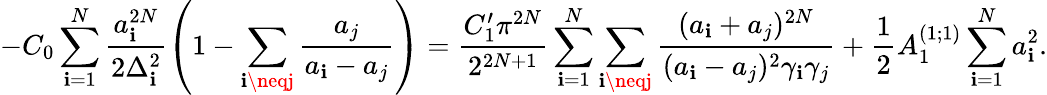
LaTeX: -C_{0}\sum_{\mathbf{i}=1}^{N}\frac{{a_{\mathbf{i}}^{2N}}}{{2\Delta_{\mathbf{i}}^{2}}}\left(1-\sum_{\mathbf{i}\neqj}\frac{{a_{j}}}{{a_{\mathbf{i}}-a_{j}}}\right)=\frac{{C_{1}^{\prime}\pi^{2N}}}{{2^{2N+1}}}\sum_{\mathbf{i}=1}^{N}\sum_{\mathbf{i}\neqj}\frac{{(a_{\mathbf{i}}+a_{j})^{2N}}}{{(a_{\mathbf{i}}-a_{j})^{2}\gamma_{\mathbf{i}}\gamma_{j}}}+\frac{{1}}{{2}}A_{1}^{(1;1)}\sum_{\mathbf{i}=1}^{N}a_{\mathbf{i}}^{2}.